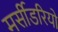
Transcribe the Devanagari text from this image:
मर्सीडरियो